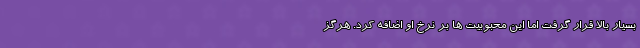
بسیار بالا قرار گرفت اما این محبوبیت ها بر نرخ او اضافه کرد. هرگز